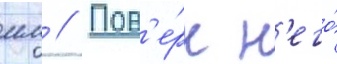
мм // Пов'е́рх н'его́